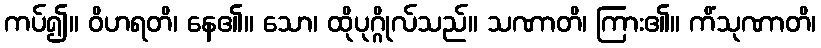
ကပ်၍။ ဝိဟရတိ၊ နေ၏။ သော၊ ထိုပုဂ္ဂိုလ်သည်။ သဏာတိ၊ ကြား၏။ ကိံသုဏာတိ၊